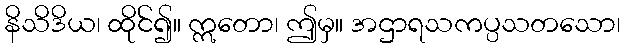
နိသိဒိယ၊ ထိုင်၍။ ဣတော၊ ဤမှ။ အဌာရသကပ္ပသတသော၊